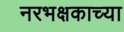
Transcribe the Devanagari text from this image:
नरभक्षकाच्या